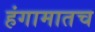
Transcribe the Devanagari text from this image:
हंगामातच